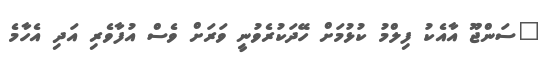
"ސަންޖޫ އާއެކު ފިލްމު ކުޅުމަށް ހޭދަކުރެވުނީ ވަރަށް ވެސް އުފާވެރި އަދި އެހާމެ